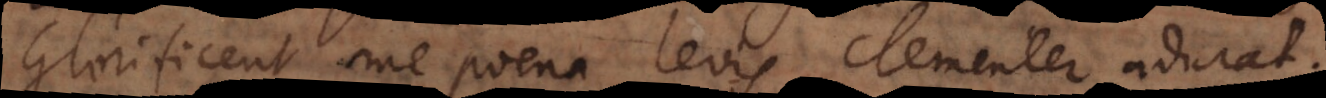
Glorificent me poena levis clementer adurat.